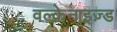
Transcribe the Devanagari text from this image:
वल्केनाइज़्ड